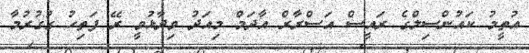
އުތީމު ކައުންސިލްގެ ރައީސް އަސްރާރް އާދަމް މިއަދު ވިދާޅުވީ ރޭ ފަތިހު ގުގުރުމާ